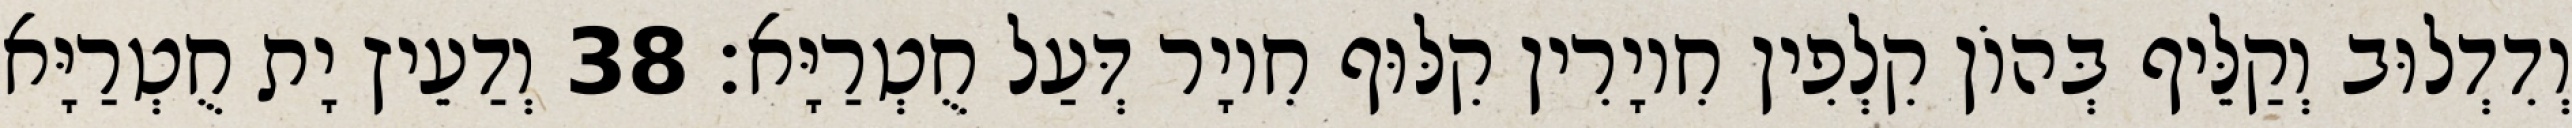
וְדִדְלוּב וְקַלֵּיף בְּהוֹן קִלְפִין חִיוָרִין קִלּוּף חִיוָר דְּעַל חֻטְרַיָּא׃ 38 וְדַעֵיץ יָת חֻטְרַיָּא